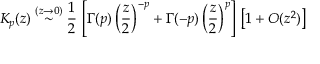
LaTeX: K _ { p } ( z ) \stackrel { ( z \rightarrow 0 ) } { \sim } \frac { 1 } { 2 } \, \left[ \Gamma ( p ) \left( \frac { z } { 2 } \right) ^ { - p } + \Gamma ( - p ) \left( \frac { z } { 2 } \right) ^ { p } \right] \, \left[ 1 + O ( z ^ { 2 } ) \right] \;